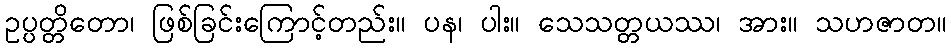
ဥပ္ပတ္တိတော၊ ဖြစ်ခြင်းကြောင့်တည်း။ ပန၊ ပါး။ သေသတ္တယဿ၊ အား။ သဟဇာတ။